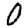
Digit: 0